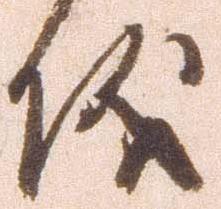
儀